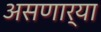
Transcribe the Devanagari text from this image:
असणार्‍या